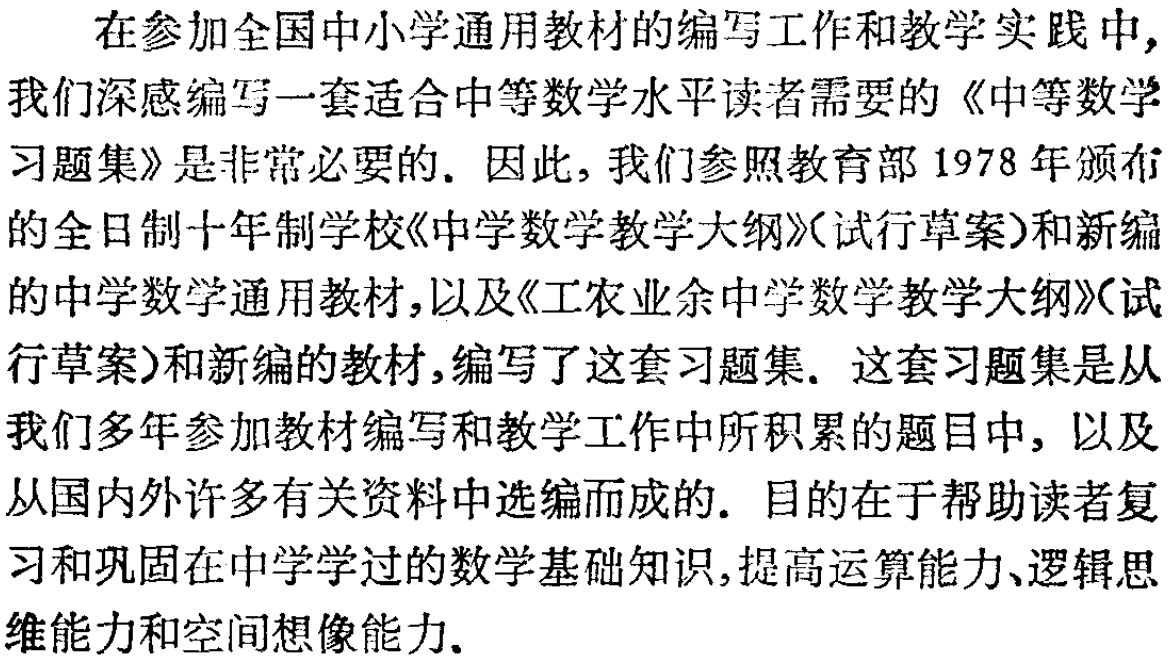
在参加全国中小学通用教材的编写工作和教学实践中, 我们深感编写一套适合中等数学水平读者需要的《中等数学习题集》是非常必要的. 因此, 我们参照教育部 1978 年颁布的全日制十年制学校《中学数学教学大纲》(试行草案)和新编的中学数学通用教材,以及《工农业余中学数学教学大纲》(试行草案)和新编的教材,编写了这套习题集. 这套习题集是从我们多年参加教材编写和教学工作中所积累的题目中, 以及从国内外许多有关资料中选编而成的. 目的在于帮助读者复习和巩固在中学学过的数学基础知识,提高运算能力、逻辑思维能力和空间想像能力.